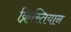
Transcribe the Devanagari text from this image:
क्रिस्तियान